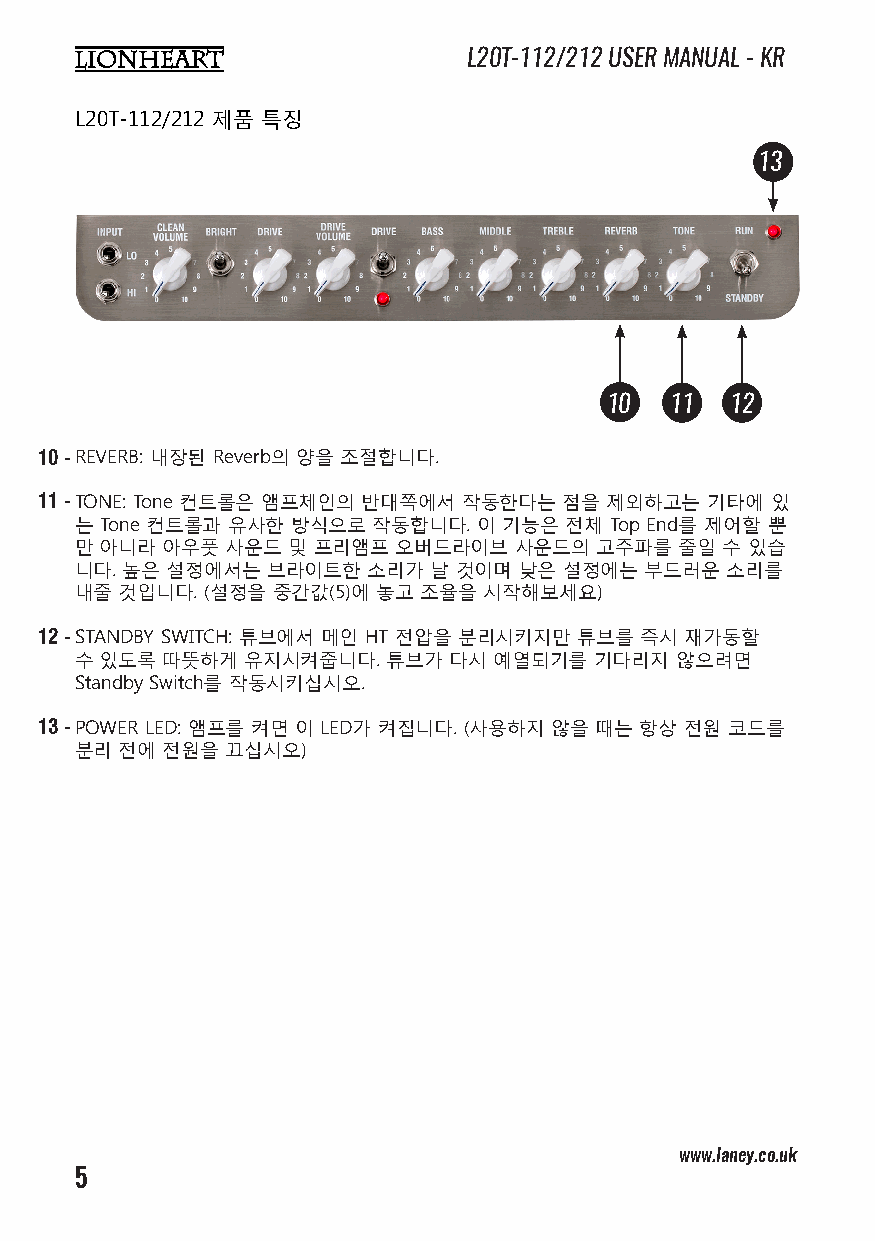
L20T-112/212 USER MANUAL - KR
 L20T-112/212 제품 특징
 13
 10  11  12
 10 -REVERB: 내장된 Reverb의 양을 조절합니다.
 11 -TONE: Tone 컨트롤은 앰프체인의 반대쪽에서 작동한다는 점을 제외하고는 기타에 있
 는 Tone 컨트롤과 유사한 방식으로 작동합니다. 이 기능은 전체 Top End를 제어할 뿐
 만 아니라 아우풋 사운드 및 프리앰프 오버드라이브  사운드의 고주파를  줄일 수 있습
 니다. 높은 설정에서는 브라이트한 소리가  날 것이며 낮은 설정에는 부드러운 소리를
 내줄 것입니다. (설정을 중간값(5)에 놓고 조율을 시작해보세요)
 12 -STANDBY SWITCH: 튜브에서 메인 HT 전압을 분리시키지만 튜브를 즉시 재가동할
 수 있도록 따뜻하게 유지시켜줍니다.  튜브가 다시 예열되기를 기다리지  않으려면
 Standby Switch를 작동시키십시오.
 13 -POWER LED: 앰프를 켜면 이 LED가 켜집니다. (사용하지 않을 때는 항상 전원 코드를
 분리 전에 전원을 끄십시오)
 www.laney.co.uk                              www.laney.co.uk
 5